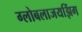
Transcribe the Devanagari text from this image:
ग्लोबलाजयझिंग